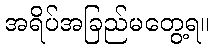
အရိပ်အခြည်မတွေ့ရ။